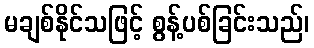
မချစ်နိုင်သဖြင့် စွန့်ပစ်ခြင်းသည်၊